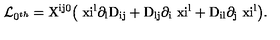
{ \cal L } _ { 0 ^ { t h } } = \mathrm { X ^ { i j 0 } \big ( \ x i ^ { l } \partial _ { l } D _ { i j } + D _ { l j } \partial _ { i } \ x i ^ { l } + D _ { i l } \partial _ { j } \ x i ^ { l } \big ) } .